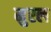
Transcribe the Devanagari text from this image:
मुरल